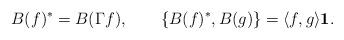
LaTeX: \begin{align*}B(f)^*=B(\Gamma f),\qquad\{ B(f)^*,B(g) \} = \langle f,g \rangle {\bf 1}.\end{align*}